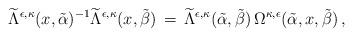
LaTeX: \begin{align*}\widetilde{\Lambda}^{\epsilon,\kappa}(x,\tilde{\alpha})^{-1}\widetilde{\Lambda}^{\epsilon,\kappa}(x,\tilde{\beta})\,=\,\widetilde{\Lambda}^{\epsilon,\kappa}(\tilde{\alpha},\tilde{\beta})\, \Omega^{\kappa,\epsilon}(\tilde{\alpha},x,\tilde{\beta})\,,\end{align*}